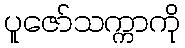
ပူဇော်သက္ကာကို